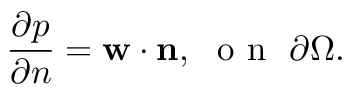
\frac { \partial p } { \partial n } = \mathbf { w } \cdot \mathbf { n } , \ \mathrm { ~ o ~ n ~ } \ \partial \Omega .